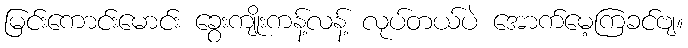
မြင်းကောင်းမောင်း ခွေးကျိုးကန့်လန့် လုပ်တယ်ပဲ အောက်မေ့ကြခင်ဗျ။